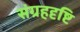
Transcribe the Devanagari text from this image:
संग्रहदृष्टि